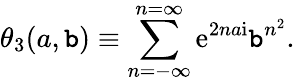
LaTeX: \theta_{3}(a,\mathtt{b})\equiv\sum_{n=-\infty}^{n=\infty}{{\mathrm{{e}}}}^{2na{\mathrm{{i}}}}\mathtt{b}^{n^{2}}.